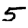
Digit: 5